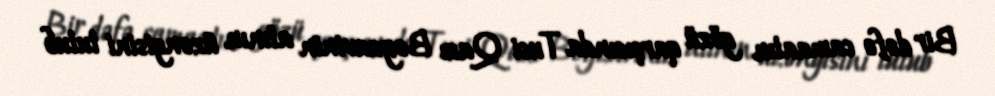
Bir dəfə camaatın gözü qarşısında Tusi Qazı Beyzavinin atının üzəngisini tutub